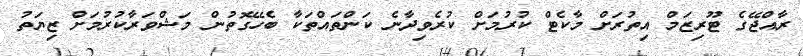
ރާއްޖޭގެ ޓޫރިޒަމް އިތުުރަށް މާކެޓް ކުރުމަށް ކުރެވިދާނެ ކަންތައްތަކާ ބެހޭގޮތުން މަޝްވަރާކުރުމަށް ޒިޔަތު